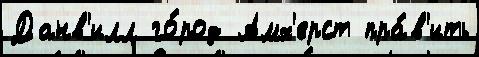
Данв'илл го́род Амх'ерст пра́в'ить